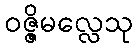
ဝဇ္ဇိမလ္လေသု